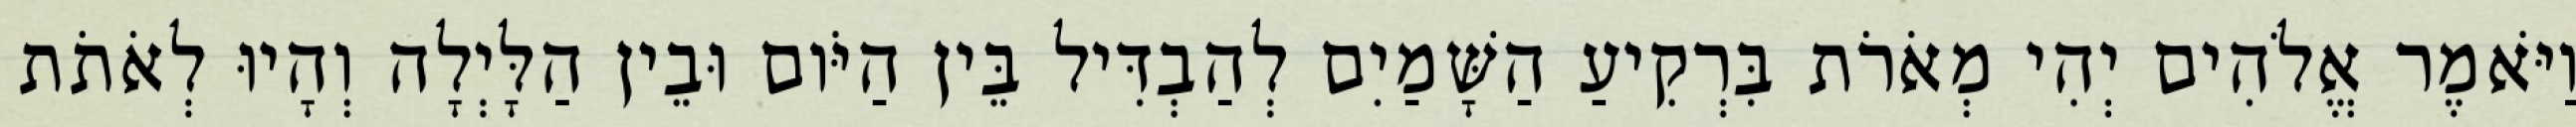
וַיֹּאמֶר אֱלֹהִים יְהִי מְאֹרֹת בִּרְקִיעַ הַשָּׁמַיִם לְהַבְדִּיל בֵּין הַיֹּום וּבֵין הַלָּיְלָה וְהָיוּ לְאֹתֹת